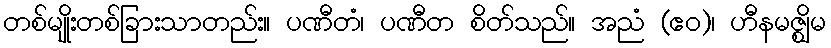
တစ်မျိုးတစ်ခြားသာတည်း။ ပဏီတံ၊ ပဏီတ စိတ်သည်။ အညံ (ဧဝ)၊ ဟီနမဇ္ဈိမ